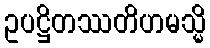
ဥပဋ္ဌိတဿတိဟမသ္မိ